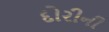
દોરીની